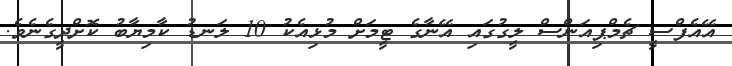
އޭއެފްސީ ޗެމްޕިއަންސް ލީގުގައި އޭނާގެ ޓީމަށް މުޅިއެކު 10 ލަނޑު ކާމިޔާބު ކޮށްދީގެނެވެ.